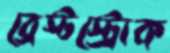
ব্রেস্টস্ট্রোক